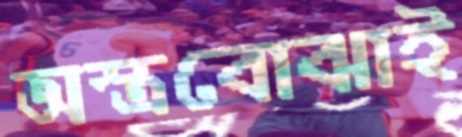
অস্ত্রবোঝাই